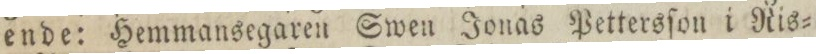
ende: Hemmansegaren Swen Jonas Pettersſon i Ris=